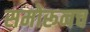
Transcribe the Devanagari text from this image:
समोरूनच